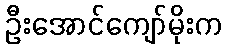
ဦးအောင်ကျော်မိုးက